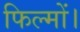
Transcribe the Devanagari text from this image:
फिल्मों।